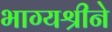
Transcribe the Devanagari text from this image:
भाग्यश्रीने